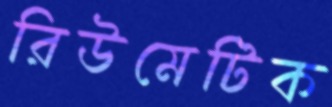
রিউমেটিক